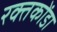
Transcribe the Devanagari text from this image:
रक्तकोंडा